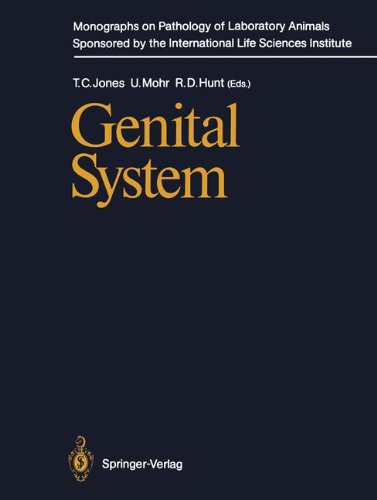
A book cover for Genital System (Monographs on Pathology of Laboratory Animals); Medical Books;